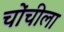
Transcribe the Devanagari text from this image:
चोंचीला